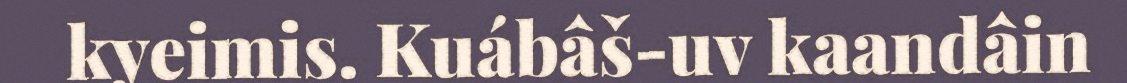
kyeimis. Kuábâš-uv kaandâin